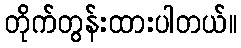
တိုက်တွန်းထားပါတယ်။